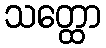
သတ္ထော